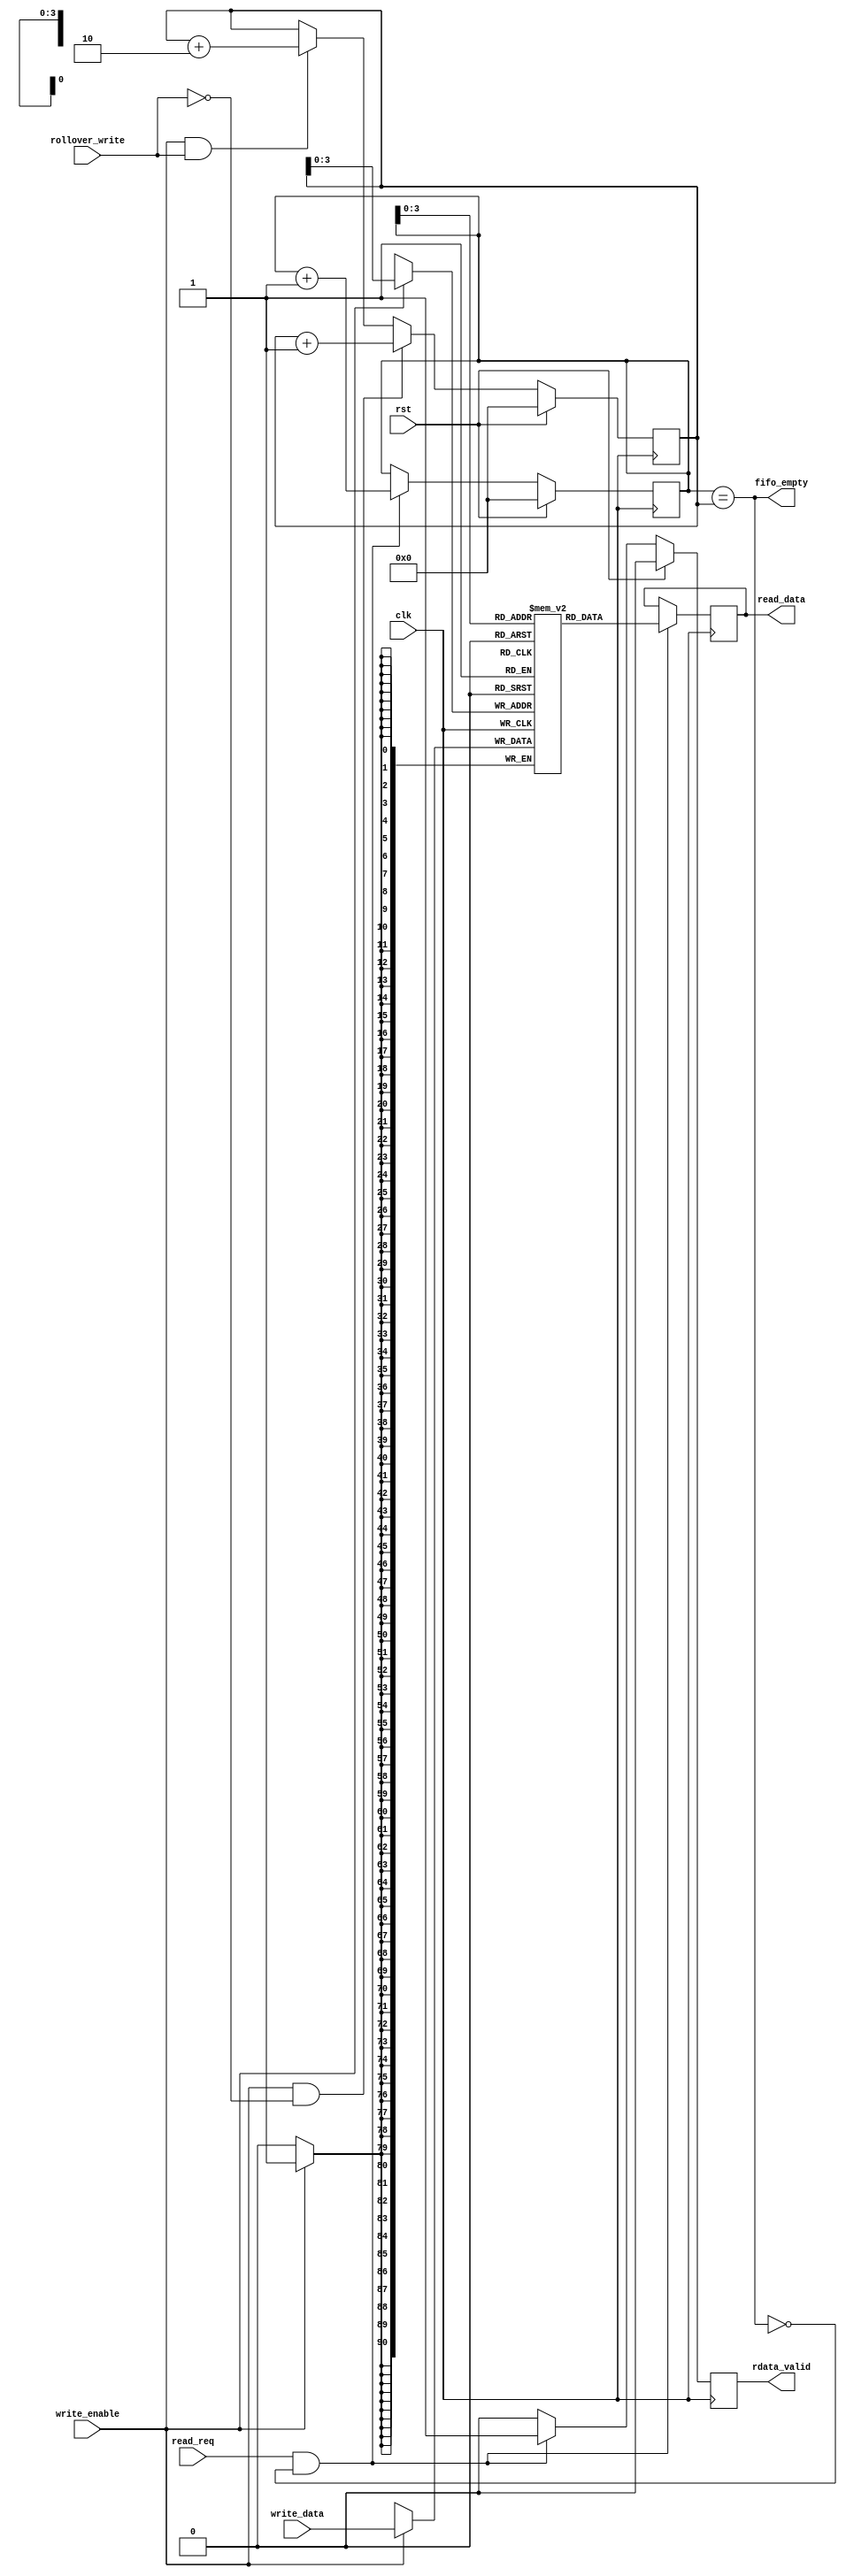
/////////////////////////////////////////////////////////////////////
////                                                             ////
////  JPEG Encoder Core - Verilog                                ////
////                                                             ////
////          davidklun@gmail.com                                ////
////                                                             ////
/////////////////////////////////////////////////////////////////////
////                                                             ////
//// Copyright (C) 2009 David Lundgren                           ////
////                  davidklun@gmail.com                        ////
////                                                             ////
//// This source file may be used and distributed without        ////
//// restriction provided that this copyright statement is not   ////
//// removed from the file and that any derivative work contains ////
//// the original copyright notice and the associated disclaimer.////
////                                                             ////
////     THIS SOFTWARE IS PROVIDED ``AS IS'' AND WITHOUT ANY     ////
//// EXPRESS OR IMPLIED WARRANTIES, INCLUDING, BUT NOT LIMITED   ////
//// TO, THE IMPLIED WARRANTIES OF MERCHANTABILITY AND FITNESS   ////
//// FOR A PARTICULAR PURPOSE. IN NO EVENT SHALL THE AUTHOR      ////
//// OR CONTRIBUTORS BE LIABLE FOR ANY DIRECT, INDIRECT,         ////
//// INCIDENTAL, SPECIAL, EXEMPLARY, OR CONSEQUENTIAL DAMAGES    ////
//// (INCLUDING, BUT NOT LIMITED TO, PROCUREMENT OF SUBSTITUTE   ////
//// GOODS OR SERVICES; LOSS OF USE, DATA, OR PROFITS; OR        ////
//// BUSINESS INTERRUPTION) HOWEVER CAUSED AND ON ANY THEORY OF  ////
//// LIABILITY, WHETHER IN  CONTRACT, STRICT LIABILITY, OR TORT  ////
//// (INCLUDING NEGLIGENCE OR OTHERWISE) ARISING IN ANY WAY OUT  ////
//// OF THE USE OF THIS SOFTWARE, EVEN IF ADVISED OF THE         ////
//// POSSIBILITY OF SUCH DAMAGE.                                 ////
////                                                             ////
/////////////////////////////////////////////////////////////////////

/* This FIFO is used for the ff_checker module.  */

`timescale 1ns / 100ps

module sync_fifo_ff (clk, rst, read_req, write_data, write_enable, rollover_write,
read_data, fifo_empty, rdata_valid);
input	clk;
input	rst;
input	read_req;
input [90:0] write_data;
input write_enable;
input rollover_write;
output [90:0]   read_data;  
output  fifo_empty; 
output	rdata_valid;
   
reg [4:0] read_ptr;
reg [4:0] write_ptr;
reg [90:0] mem [0:15];
reg [90:0] read_data;
reg rdata_valid;
wire [3:0] write_addr = write_ptr[3:0];
wire [3:0] read_addr = read_ptr[3:0];	
wire read_enable = read_req && (~fifo_empty);
assign fifo_empty = (read_ptr == write_ptr);


always @(posedge clk)
  begin
   if (rst)
      write_ptr <= {(5){1'b0}};
   else if (write_enable & !rollover_write)
      write_ptr <= write_ptr + {{4{1'b0}},1'b1};
   else if (write_enable & rollover_write)
      write_ptr <= write_ptr + 5'b00010;
   // A rollover_write means that there have been a total of 4 FF's
   // that have been detected in the bitstream.  So an extra set of 32
   // bits will be put into the bitstream (due to the 4 extra 00's added
   // after the 4 FF's), and the input data will have to 
   // be delayed by 1 clock cycle as it makes its way into the output
   // bitstream.  So the write_ptr is incremented by 2 for a rollover, giving
   // the output the extra clock cycle it needs to write the 
   // extra 32 bits to the bitstream.  The output
   // will read the dummy data from the FIFO, but won't do anything with it,
   // it will be putting the extra set of 32 bits into the bitstream on that
   // clock cycle.
  end

always @(posedge clk)
begin
   if (rst)
      rdata_valid <= 1'b0;
   else if (read_enable)
      rdata_valid <= 1'b1;
   else
   	  rdata_valid <= 1'b0;  
end
  
always @(posedge clk)
 begin
   if (rst)
      read_ptr <= {(5){1'b0}};
   else if (read_enable)
      read_ptr <= read_ptr + {{4{1'b0}},1'b1};
end

// Mem write
always @(posedge clk)
  begin
   if (write_enable)
     mem[write_addr] <= write_data;
  end
// Mem Read
always @(posedge clk)
  begin
   if (read_enable)
      read_data <= mem[read_addr];
  end
  
endmodule